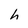
Character: h